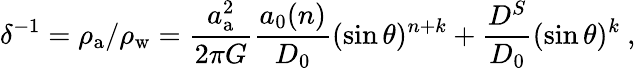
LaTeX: \delta^{-1}=\rho_{\mathrm{a}}/\rho_{\mathrm{w}}=\frac{a_{\mathrm{a}}^{2}}{2\pi G}\frac{a_{0}(n)}{D_{0}}(\sin\theta)^{n+k}+\frac{D^{S}}{D_{0}}(\sin\theta)^{k}\ ,